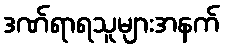
ဒဏ်ရာရသူများအနက်